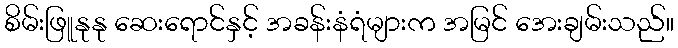
စိမ်းဖြူနုနု ဆေးရောင်နှင့် အခန်းနံရံများက အမြင် အေးချမ်းသည်။